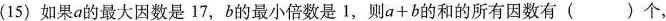
(15)如果a的最大因数是17，b的最小倍数是1，则$$a + b$$的和的所有因数有()个，